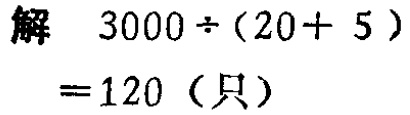
解 \(3000\div(20 + 5)=120\)（只）